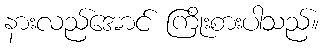
နားလည်အောင် ကြိုးစားပါသည်။